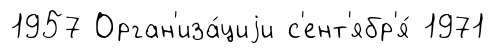
1957 Орган'иза́циjи с'ент'ябр'я́ 1971